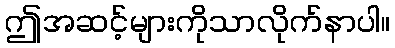
ဤအဆင့်များကိုသာလိုက်နာပါ။